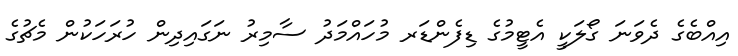
އިއްބެގެ ދެވަނަ ގޯލަކީ އެޓީމުގެ ޑިފެންޑަރ މުހައްމަދު ސާމިރު ނަގައިދިން ހުރަހަކުން މެޗުގެ